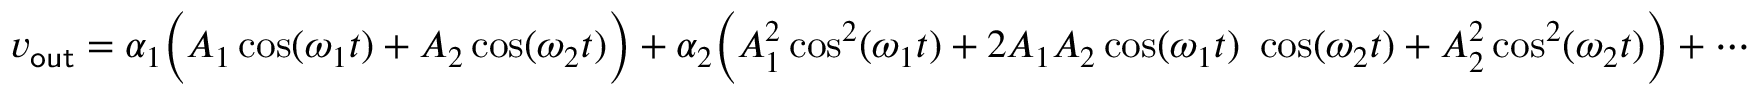
\ v _ { \mathsf { o u t } } = \alpha _ { 1 } { \Bigl ( } A _ { 1 } \cos ( \omega _ { 1 } t ) + A _ { 2 } \cos ( \omega _ { 2 } t ) { \Bigr ) } + \alpha _ { 2 } { \Bigl ( } A _ { 1 } ^ { 2 } \cos ^ { 2 } ( \omega _ { 1 } t ) + 2 A _ { 1 } A _ { 2 } \cos ( \omega _ { 1 } t ) \ \cos ( \omega _ { 2 } t ) + A _ { 2 } ^ { 2 } \cos ^ { 2 } ( \omega _ { 2 } t ) { \Bigr ) } + \cdots